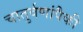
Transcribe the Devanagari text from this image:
चातुर्वणांपैकी